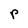
Character: P